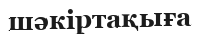
шәкіртақыға